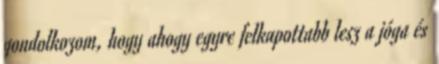
gondolkozom, hogy ahogy egyre felkapottabb lesz a jóga és